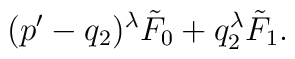
(p'-q_2)^\lambda\tilde F_0+q_2^\lambda\tilde F_1.